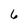
Character: 6